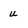
Character: u